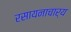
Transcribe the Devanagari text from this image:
रसायनाचार्य